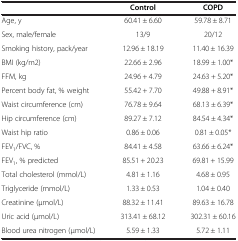
<table><thead><tr><td><b> </b></td><td><b>Control</b></td><td><b>COPD</b></td></tr></thead><tbody><tr><td>Age, y</td><td>60.41 ± 6.60</td><td>59.78 ± 8.71</td></tr><tr><td>Sex, male/female</td><td>13/9</td><td>20/12</td></tr><tr><td>Smoking history, pack/year</td><td>12.96 ± 18.19</td><td>11.40 ± 16.39</td></tr><tr><td>BMI (kg/m2)</td><td>22.66 ± 2.96</td><td>18.99 ± 1.00*</td></tr><tr><td>FFM, kg</td><td>24.96 + 4.79</td><td>24.63 + 5.20*</td></tr><tr><td>Percent body fat, % weight</td><td>55.42 + 7.70</td><td>49.88 + 8.91*</td></tr><tr><td>Waist circumference (cm)</td><td>76.78 ± 9.64</td><td>68.13 ± 6.39*</td></tr><tr><td>Hip circumference (cm)</td><td>89.27 ± 7.12</td><td>84.54 ± 4.34*</td></tr><tr><td>Waist hip ratio</td><td>0.86 ± 0.06</td><td>0.81 ± 0.05*</td></tr><tr><td>FEV<sub>1</sub>/FVC, %</td><td>84.41 ± 4.58</td><td>63.66 ± 6.24*</td></tr><tr><td>FEV<sub>1</sub>, % predicted</td><td>85.51 + 20.23</td><td>69.81 + 15.99</td></tr><tr><td>Total cholesterol (mmol/L)</td><td>4.81 ± 1.16</td><td>4.68 ± 0.95</td></tr><tr><td>Triglyceride (mmol/L)</td><td>1.33 ± 0.53</td><td>1.04 ± 0.40</td></tr><tr><td>Creatinine (μmol/L)</td><td>88.32 ± 11.41</td><td>89.63 ± 16.78</td></tr><tr><td>Uric acid (μmol/L)</td><td>313.41 ± 68.12</td><td>302.31 ± 60.16</td></tr><tr><td>Blood urea nitrogen (μmol/L)</td><td>5.59 ± 1.33</td><td>5.72 ± 1.11</td></tr></tbody></table>